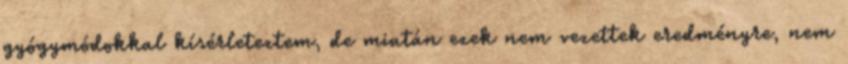
gyógymódokkal kísérleteztem, de miután ezek nem vezettek eredményre, nem